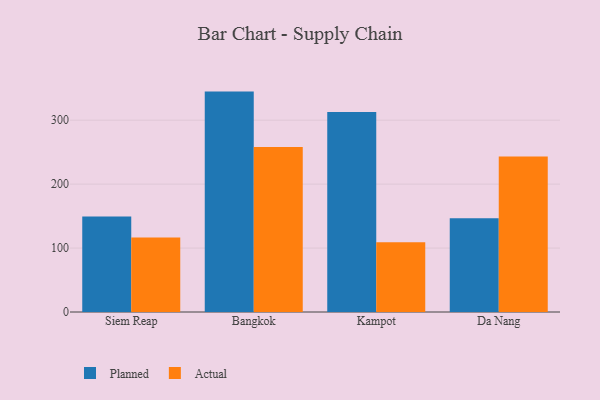
{"axis": {"x": "City", "y": "Tickets Resolved"}, "legend": ["Actual", "Planned"], "data": [{"x": "Siem Reap", "y": 149.3, "type": "Planned"}, {"x": "Siem Reap", "y": 116.5, "type": "Actual"}, {"x": "Bangkok", "y": 344.7, "type": "Planned"}, {"x": "Bangkok", "y": 257.9, "type": "Actual"}, {"x": "Kampot", "y": 312.7, "type": "Planned"}, {"x": "Kampot", "y": 109.0, "type": "Actual"}, {"x": "Da Nang", "y": 146.6, "type": "Planned"}, {"x": "Da Nang", "y": 243.2, "type": "Actual"}]}